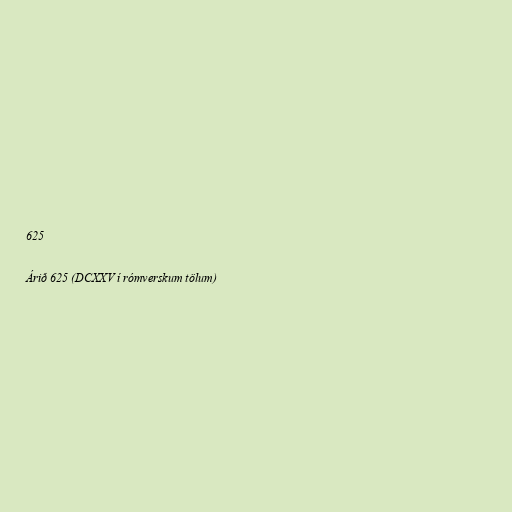
625

Árið 625 (DCXXV í rómverskum tölum)